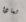
لماذا